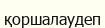
қоршалаудеп